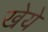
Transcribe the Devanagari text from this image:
खेये